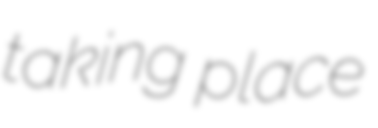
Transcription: taking place